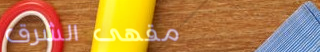
مقهى الشرق